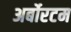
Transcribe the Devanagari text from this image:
अर्बोरटम